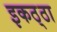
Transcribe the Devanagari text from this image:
इकठ्‌ठा